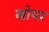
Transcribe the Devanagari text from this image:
खोपर